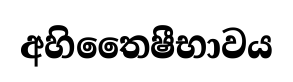
අහිතෛෂීභාවය